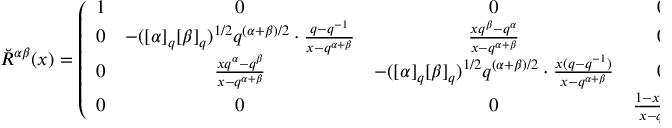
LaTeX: \breve { R } ^ { \alpha \beta } ( x ) = \left( \begin{array} { c c c c } { { 1 } } & { { 0 } } & { { 0 } } & { { 0 } } \\ { { 0 } } & { { - ( [ \alpha ] _ { q } [ \beta ] _ { q } ) ^ { 1 / 2 } q ^ { ( \alpha + \beta ) / 2 } \cdot \frac { q - q ^ { - 1 } } { x - q ^ { \alpha + \beta } } } } & { { \frac { x q ^ { \beta } - q ^ { \alpha } } { x - q ^ { \alpha + \beta } } } } & { { 0 } } \\ { { 0 } } & { { \frac { x q ^ { \alpha } - q ^ { \beta } } { x - q ^ { \alpha + \beta } } } } & { { - ( [ \alpha ] _ { q } [ \beta ] _ { q } ) ^ { 1 / 2 } q ^ { ( \alpha + \beta ) / 2 } \cdot \frac { x ( q - q ^ { - 1 } ) } { x - q ^ { \alpha + \beta } } } } & { { 0 } } \\ { { 0 } } & { { 0 } } & { { 0 } } & { { \frac { 1 - x q ^ { \alpha + \beta } } { x - q ^ { \alpha + \beta } } } } \end{array} \right)